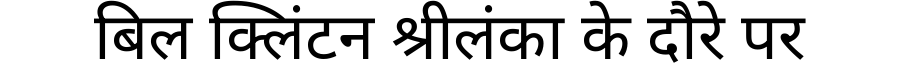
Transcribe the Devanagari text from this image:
बिल क्लिंटन श्रीलंका के दौरे पर